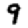
Digit: 9